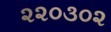
૨૨૦૩૦૨